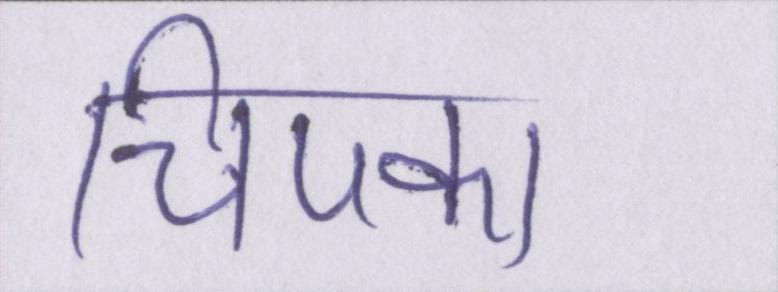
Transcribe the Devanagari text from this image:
चिपका